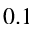
0 . 1